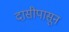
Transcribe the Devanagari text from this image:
दासीपासून